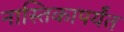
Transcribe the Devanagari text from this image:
नास्तिकापर्यंत